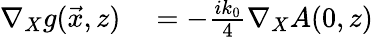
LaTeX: \begin{array}{rl}{\nabla_{X}g(\vec{x},z)}&{{}=-\frac{ik_{0}}{4}\nabla_{X}A(0,z)}\end{array}